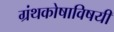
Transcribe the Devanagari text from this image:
ग्रंथकोषाविषयी